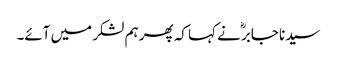
سیدنا جابرؓ نے کہا کہ پھر ہم لشکر میں آئے۔